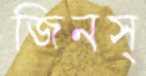
জিনস্